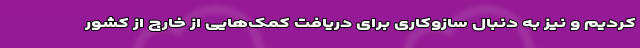
کردیم و نیز به دنبال سازوکاری برای دریافت کمک‌هایی از خارج از کشور